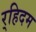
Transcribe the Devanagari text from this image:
र्‍हिदम